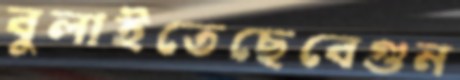
বুলাইতেছেবেগুন